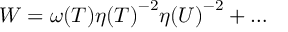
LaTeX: { \cal W } = { \omega ( T ) } { \eta ( T ) } ^ { - 2 } { \eta ( U ) } ^ { - 2 } + { \dots }